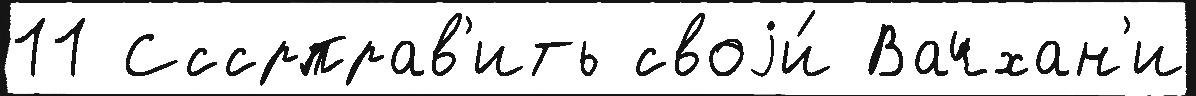
11 Сссрправ'ить своjи́ Вачхан'и